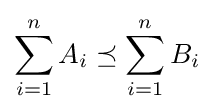
\sum _{i=1}^{n}A_{i}\preceq \sum _{i=1}^{n}B_{i}